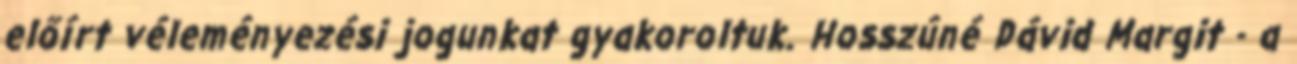
előírt véleményezési jogunkat gyakoroltuk. Hosszúné Dávid Margit - a